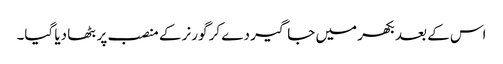
اس کے بعد بکھر میں جاگیر دے کر گورنر کے منصب پر بٹھا دیا گیا۔